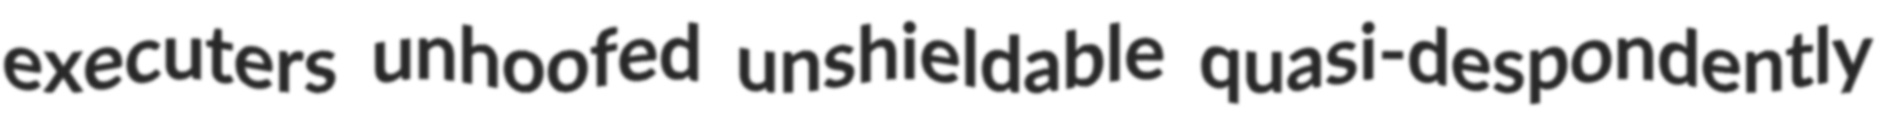
executers unhoofed unshieldable quasi-despondently